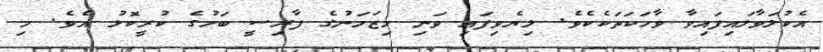
އެކުލަވާލައިފައިވާ ވާހަކަތަކެކެވެ. ލިޔެވިފައި ވަނި މިޒަމަނުގެ ފާރިސީ ބަހުގެ ކުރީކޮޅު އެވެ. މި